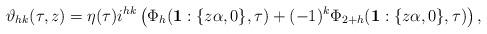
LaTeX: \begin{align*} \vartheta_{hk} (\tau ,z)=\eta (\tau)i^{hk} \left(\Phi_{h} (\textbf{1}: \{z\alpha ,0 \},\tau)+(-1)^{k} \Phi_{2+h}(\textbf{1}: \{z\alpha ,0 \},\tau)\right), \end{align*}